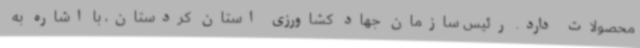
محصولات دارد. رئیس سازمان جهاد کشاورزی استان کردستان، با اشاره به